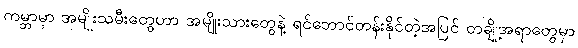
ကမ္ဘာမှာ အမျိုးသမီးတွေဟာ အမျိုးသားတွေနဲ့ ရင်ဘောင်တန်းနိုင်တဲ့အပြင် တချို့အရာတွေမှာ